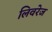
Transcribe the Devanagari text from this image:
लिवरेज